Standards of the constituents of the urine and blood and the bearing of the metabolism of Bengalis on the problems of nutrition - Number 34
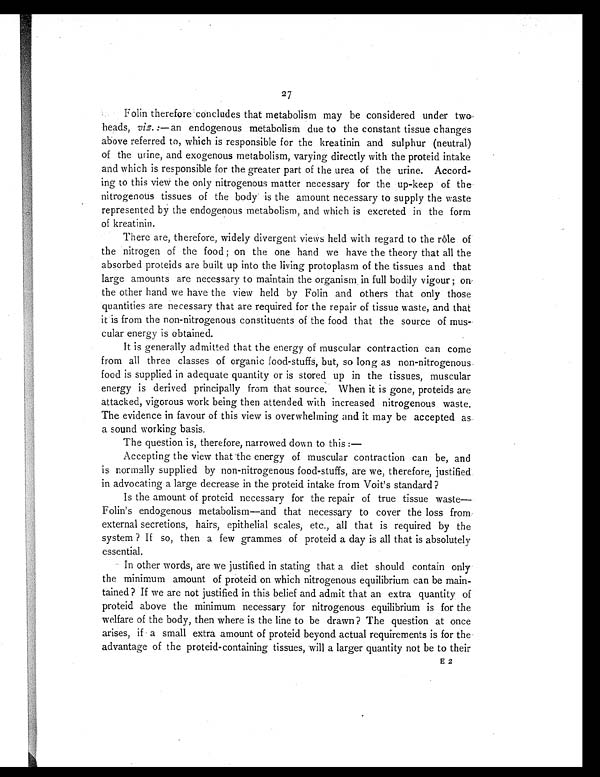
2 7
Folin therefore concludes that metabolism may be considered under two
heads, viz.: —an endogenous metabolism due to the constant tissue changes
above referred to, which is responsible for the kreatinin and sulphur (neutral)
of the urine, and exogenous metabolism, varying directly with the proteid intake
and which is responsible for the greater part of the urea of the urine. Accord-
ing to this view the only nitrogenous matter necessary for the up-keep of the
nitrogenous tissues of the body is the amount necessary to supply the waste
represented by the endogenous metabolism, and which is excreted in the form
of kreatinin.
There are, therefore, widely divergent views held with regard to the role of
the nitrogen of the food ; on the one hand we have the theory that all the
absorbed proteids are built up into the living protoplasm of the tissues and that
large amounts are necessary to maintain the organism in full bodily vigour ; on
the other hand we have the view held by Folin and others that only those
quantities are necessary that are required for the repair of tissue waste, and that
it is from the non-nitrogenous constituents of the food that the source of mus-
cular energy is obtained.
It is generally admitted that the energy of muscular contraction cart come
from all three classes of organic food-stuffs, but, so long as non-nitrogenous
food is supplied in adequate quantity or is stored up in the tissues, muscular
energy is derived principally from that source. When it is gone, proteids are
attacked, vigorous work being then attended with increased nitrogenous waste.
The evidence in favour of this view is overwhelming and it may be accepted as
a sound working basis.
The question is, therefore, narrowed down to this :
—
Accepting the view that the energy of muscular contraction can be, and
is normally supplied by non-nitrogenous food-stuffs, are we, therefore, justified.
in advocating a large decrease in the proteid intake from Voit's standard?
Is the amount of proteid necessary for the repair of true tissue waste—
Folin's endogenous metabolism—and that necessary to cover the loss from
external secretions, hairs, epithelial scales, etc., all that is required by the
system ? If so, then a few grammes of proteid a day is all that is absolutely
essential.
In other words, are we justified in stating that a diet should contain only
the minimum amount of proteid on which nitrogenous equilibrium can be main-
tained? If we are not justified in this belief and admit that an extra quantity of
proteid above the minimum necessary for nitrogenous equilibrium is for the
welfare of the body, then where is the line to be drawn? The question at once
arises, if a small extra amount of proteid beyond actual requirements is for the
advantage of the proteid-containing tissues, will a larger quantity not be to their
E2